Report on sanitation, dispensaries, and jails in Rajputana for 1916, and on vaccination for the year 1916-1917 - 1916-1917
Year: 1916
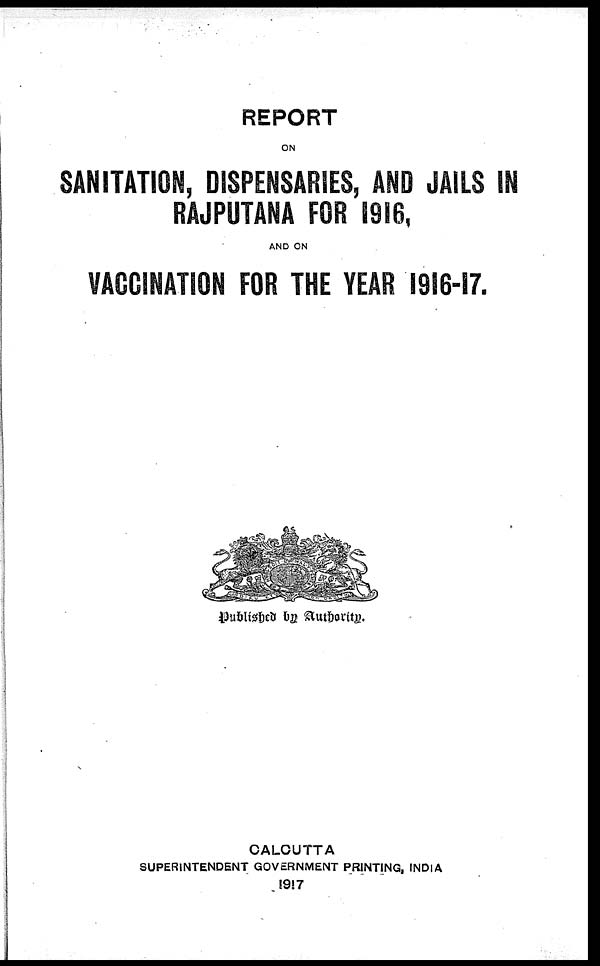
REPORT
ON
SANITATION, DISPENSARIES, AND JAILS IN
RAJPUTANA FOR 1916,
AND ON
VACCINATION FOR THE YEAR 1916-17.
Published by Authority.
CALCUTTA
SUPERINTENDENT GOVERNMENT PRINTING, INDIA
1917